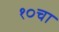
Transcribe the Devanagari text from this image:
१०चा